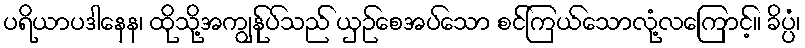
ပရိယာပဒါနေန၊ ထိုသို့အကျွန်ုပ်သည် ယှဉ်စေအပ်သော စင်ကြယ်သောလုံ့လကြောင့်။ ခိပ္ပံ၊